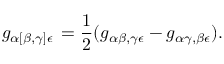
g _ { \alpha [ \beta , \gamma ] \epsilon } \, = { \frac { 1 } { 2 } } ( g _ { \alpha \beta , \gamma \epsilon } - g _ { \alpha \gamma , \beta \epsilon } ) .